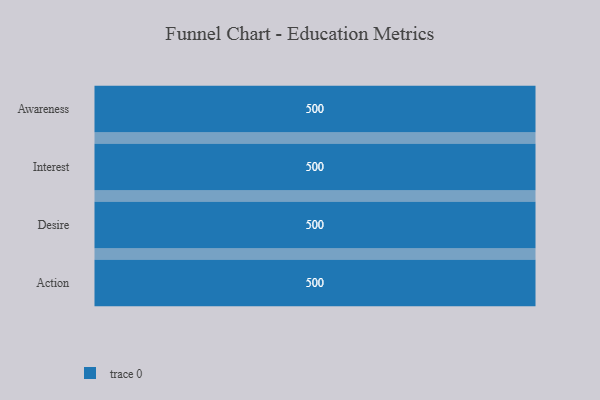
{"axis": {"x": "Stage", "y": "Value"}, "legend": [""], "data": [{"x": "Awareness", "y": 500, "type": ""}, {"x": "Interest", "y": 500, "type": ""}, {"x": "Desire", "y": 500, "type": ""}, {"x": "Action", "y": 500, "type": ""}]}